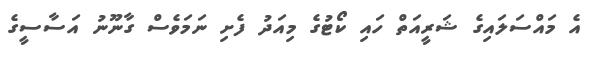
އެ މައްސަލައިގެ ޝަރީއަތް ހައި ކޯޓުގެ މިއަދު ފެށި ނަމަވެސް ގާނޫނު އަސާސީގެ